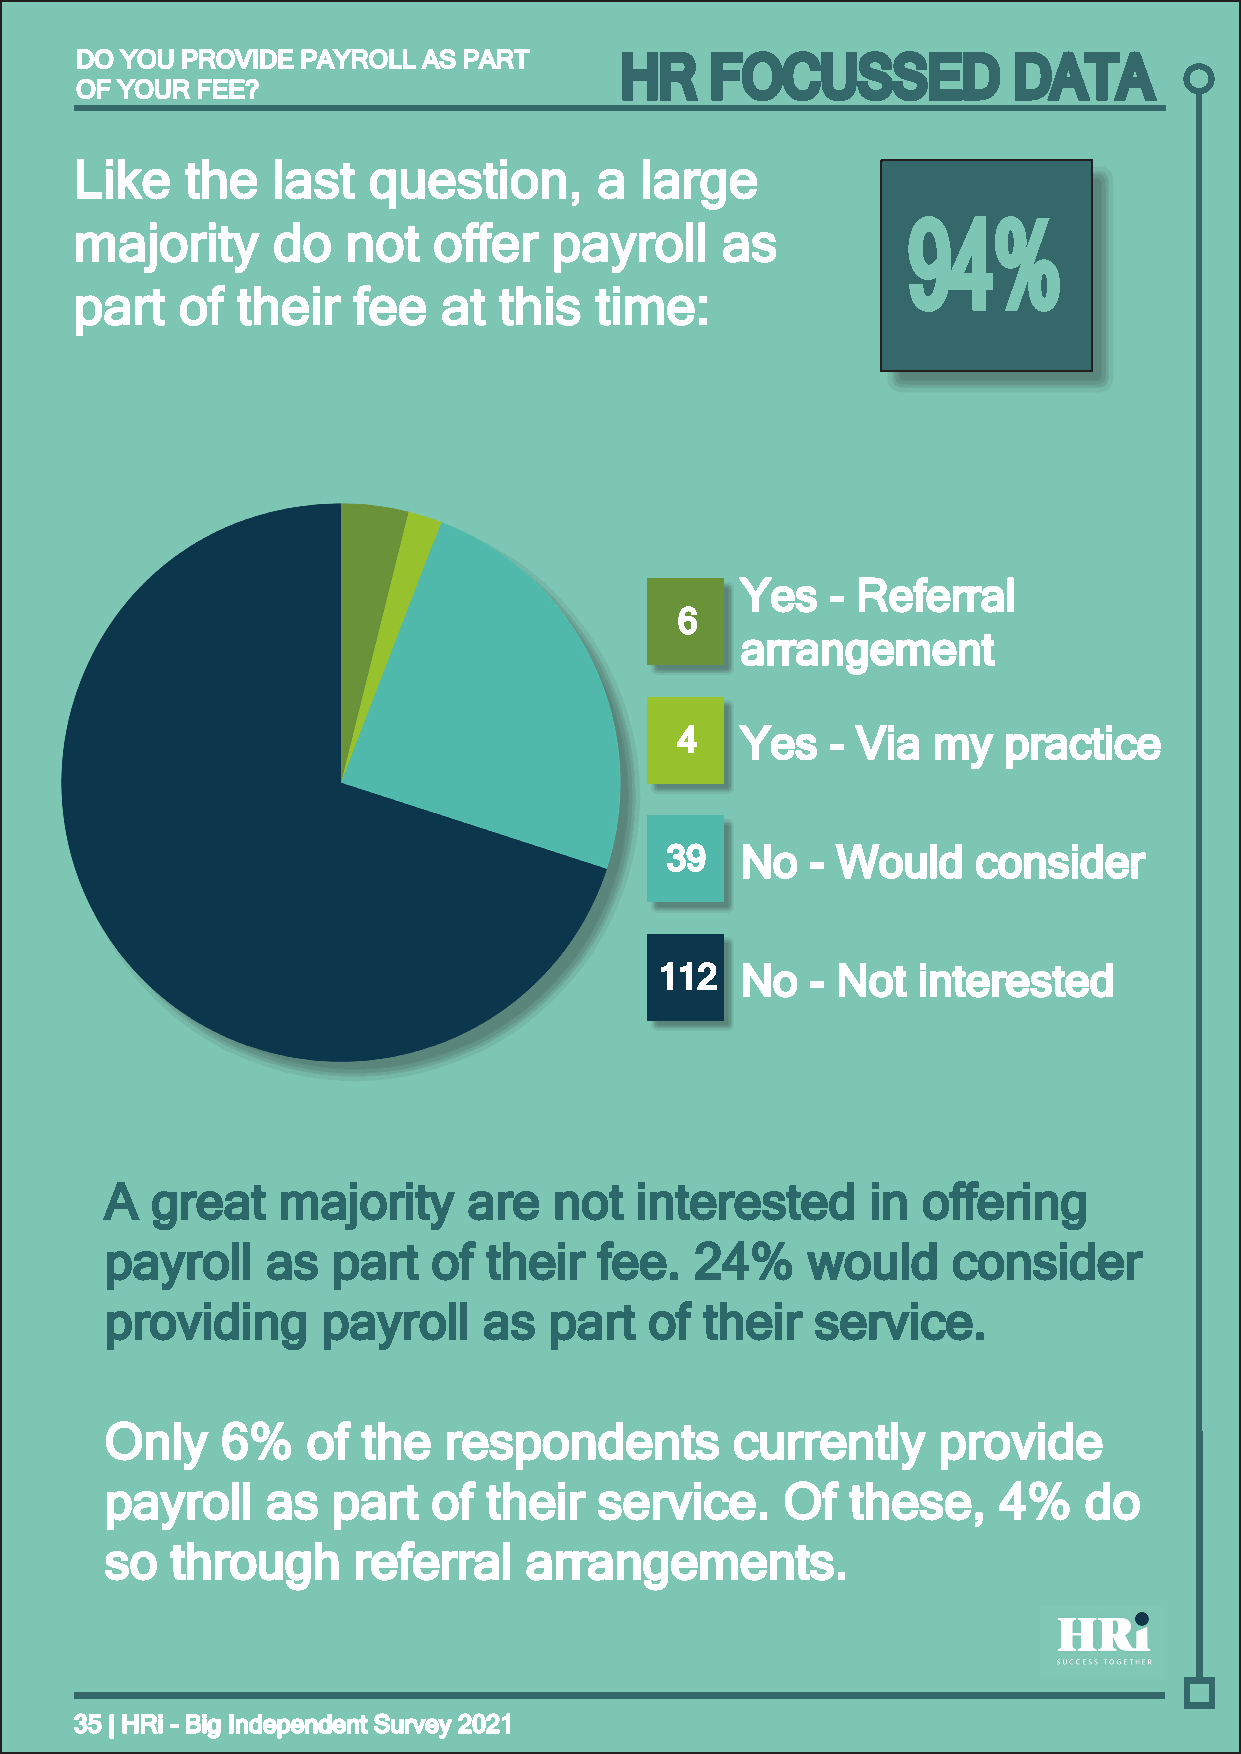
DDOO YYOOUU PPRROOVVIIDDEE PPAAYYRROOLLLL AASS PPAARRTT HR FOCUSSED DATA
 OOFF YYOOUURR FFEEEE??
 LLiikkee tthhee llaasstt qquueessttiioonn,, aa llaarrggee
 mmaajjoorriittyy ddoo nnoott ooffffeerr ppaayyrroollll aass 94%
 ppaarrtt ooff tthheeiirr ffeeee aatt tthhiiss ttiimmee::
 YYeess -- RReeffeerrrraall
 aarrrraannggeemmeenntt
 YYeess -- RReeffeerrrraall
 66
 aarrrraannggeemmeenntt
 YYeess -- VViiaa mmyy pprraaccttiiccee
 44  YYeess -- VViiaa mmyy pprraaccttiiccee
 NNoo -- WWoouulldd ccoonnssiiddeerr
 3399 NNoo -- WWoouulldd ccoonnssiiddeerr
 NNoo -- NNoott iinntteerreesstteedd
 111122 NNoo -- NNoott iinntteerreesstteedd
 AA ggrreeaatt mmaajjoorriittyy aarree nnoott iinntteerreesstteedd iinn ooffffeerriinngg
 ppaayyrroollll aass ppaarrtt ooff tthheeiirr ffeeee.. 2244%% wwoouulldd ccoonnssiiddeerr
 pprroovviiddiinngg ppaayyrroollll aass ppaarrtt ooff tthheeiirr sseerrvviiccee..
 OOnnllyy 66%% ooff tthhee rreessppoonnddeennttss ccuurrrreennttllyy pprroovviiddee
 ppaayyrroollll aass ppaarrtt ooff tthheeiirr sseerrvviiccee.. OOff tthheessee,, 44%% ddoo
 ssoo tthhrroouugghh rreeffeerrrraall aarrrraannggeemmeennttss..
 3355 || HHRRii -- BBiigg IInnddeeppeennddeenntt SSuurrvveeyy 22002211